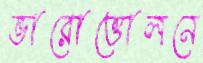
ভারোত্তোলনে